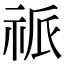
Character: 𥙎